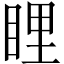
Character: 𥆼